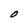
Character: O